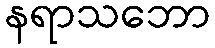
နရာသဘော